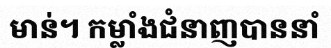
មាន់។ កម្លាំងជំនាញបាននាំ